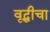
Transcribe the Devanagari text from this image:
वृद्धीचा